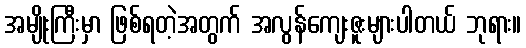
အမျိုးကြီးမှာ ဖြစ်ရတဲ့အတွက် အလွန်ကျေးဇူးများပါတယ် ဘုရား။